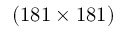
( 1 8 1 \times 1 8 1 )